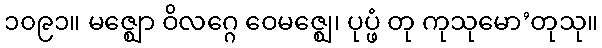
၁၀၉၁။ မဇ္ဈော ဝိလဂ္ဂေ ဝေမဇ္ဈေ၊ ပုပ္ဖံ တု ကုသုမော’တုသု။